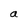
Character: a